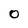
Character: O